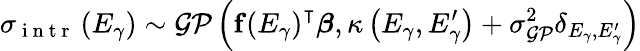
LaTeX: \sigma_{\mathrm{~i~n~t~r~}}\left(E_{\gamma}\right)\sim\mathcal{GP}\left(\mathbf{f}\left(E_{\gamma}\right)^{\intercal}\boldsymbol{\beta},\kappa\left(E_{\gamma},E_{\gamma}^{\prime}\right)+\sigma_{\mathcal{GP}}^{2}\delta_{E_{\gamma},E_{\gamma}^{\prime}}\right)